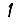
Digit: 1